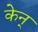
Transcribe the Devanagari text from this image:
केन्